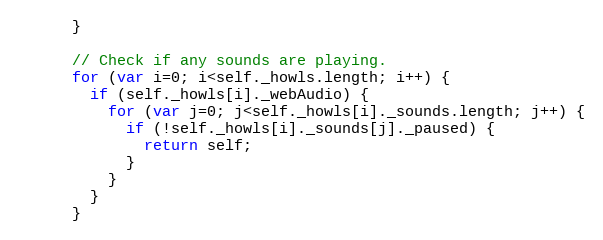
Language: JavaScript
      }

      // Check if any sounds are playing.
      for (var i=0; i<self._howls.length; i++) {
        if (self._howls[i]._webAudio) {
          for (var j=0; j<self._howls[i]._sounds.length; j++) {
            if (!self._howls[i]._sounds[j]._paused) {
              return self;
            }
          }
        }
      }